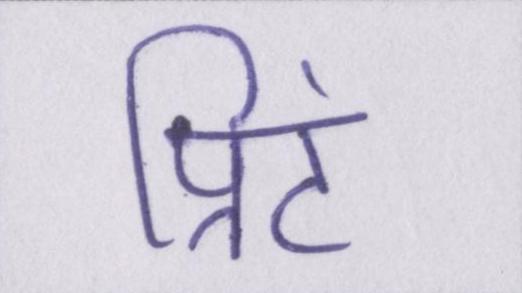
प्रिंट